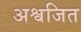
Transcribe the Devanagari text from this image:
अश्वजित